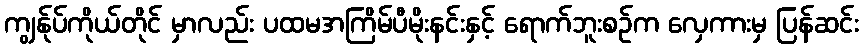
ကျွန်ုပ်ကိုယ်တိုင် မှာလည်း ပထမအကြိမ်ပီမိုးနင်းနှင့် ရောက်ဘူးစဉ်က လှေကားမှ ပြန်ဆင်း